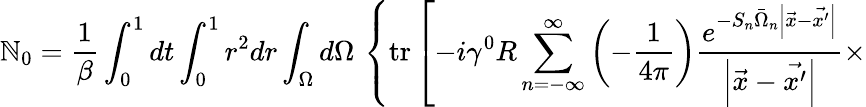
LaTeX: \mathbb{N}_{0}=\frac{1}{{\beta}}\int_{0}^{1}dt\int_{0}^{1}r^{2}dr\int_{\Omega}d\Omega\, \left\{ \mathrm{{tr}}\left[-i\gamma^{0}R\sum_{n=-\infty}^{\infty}\left(-\frac{1}{{4\pi}}\right)\frac{{e^{-S_{n}\bar{{\Omega}}_{n}\left|\vec{{x}}-\vec{{x^{\prime}}}\right|}}}{{\left|\vec{{x}}-\vec{{x^{\prime}}}\right|}}\times\right.\right.